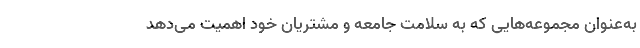
به‌عنوان مجموعه‌هایی که به سلامت جامعه و مشتریان خود اهمیت می‌دهد